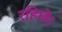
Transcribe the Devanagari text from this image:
रहिछे।